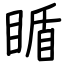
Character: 瞃